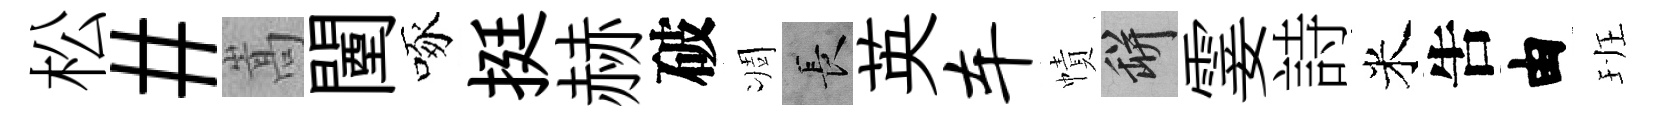
松#嵩闉啄挺赫破凋长英车幘瓶霎詩米吿由班